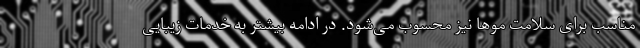
مناسب برای سلامت موها نیز محسوب می‌شود. در ادامه بیشتر به خدمات زیبایی